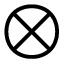
\bigotimes